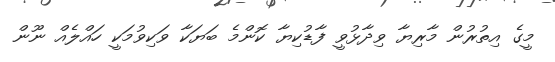
މީގެ އިތުރުން މާރިޔާ ވިދާޅުވީ ފާޑުކިޔާ ކޮންމެ ބަޔަކާ ވަކިވުމަކީ ހައްލެއް ނޫން